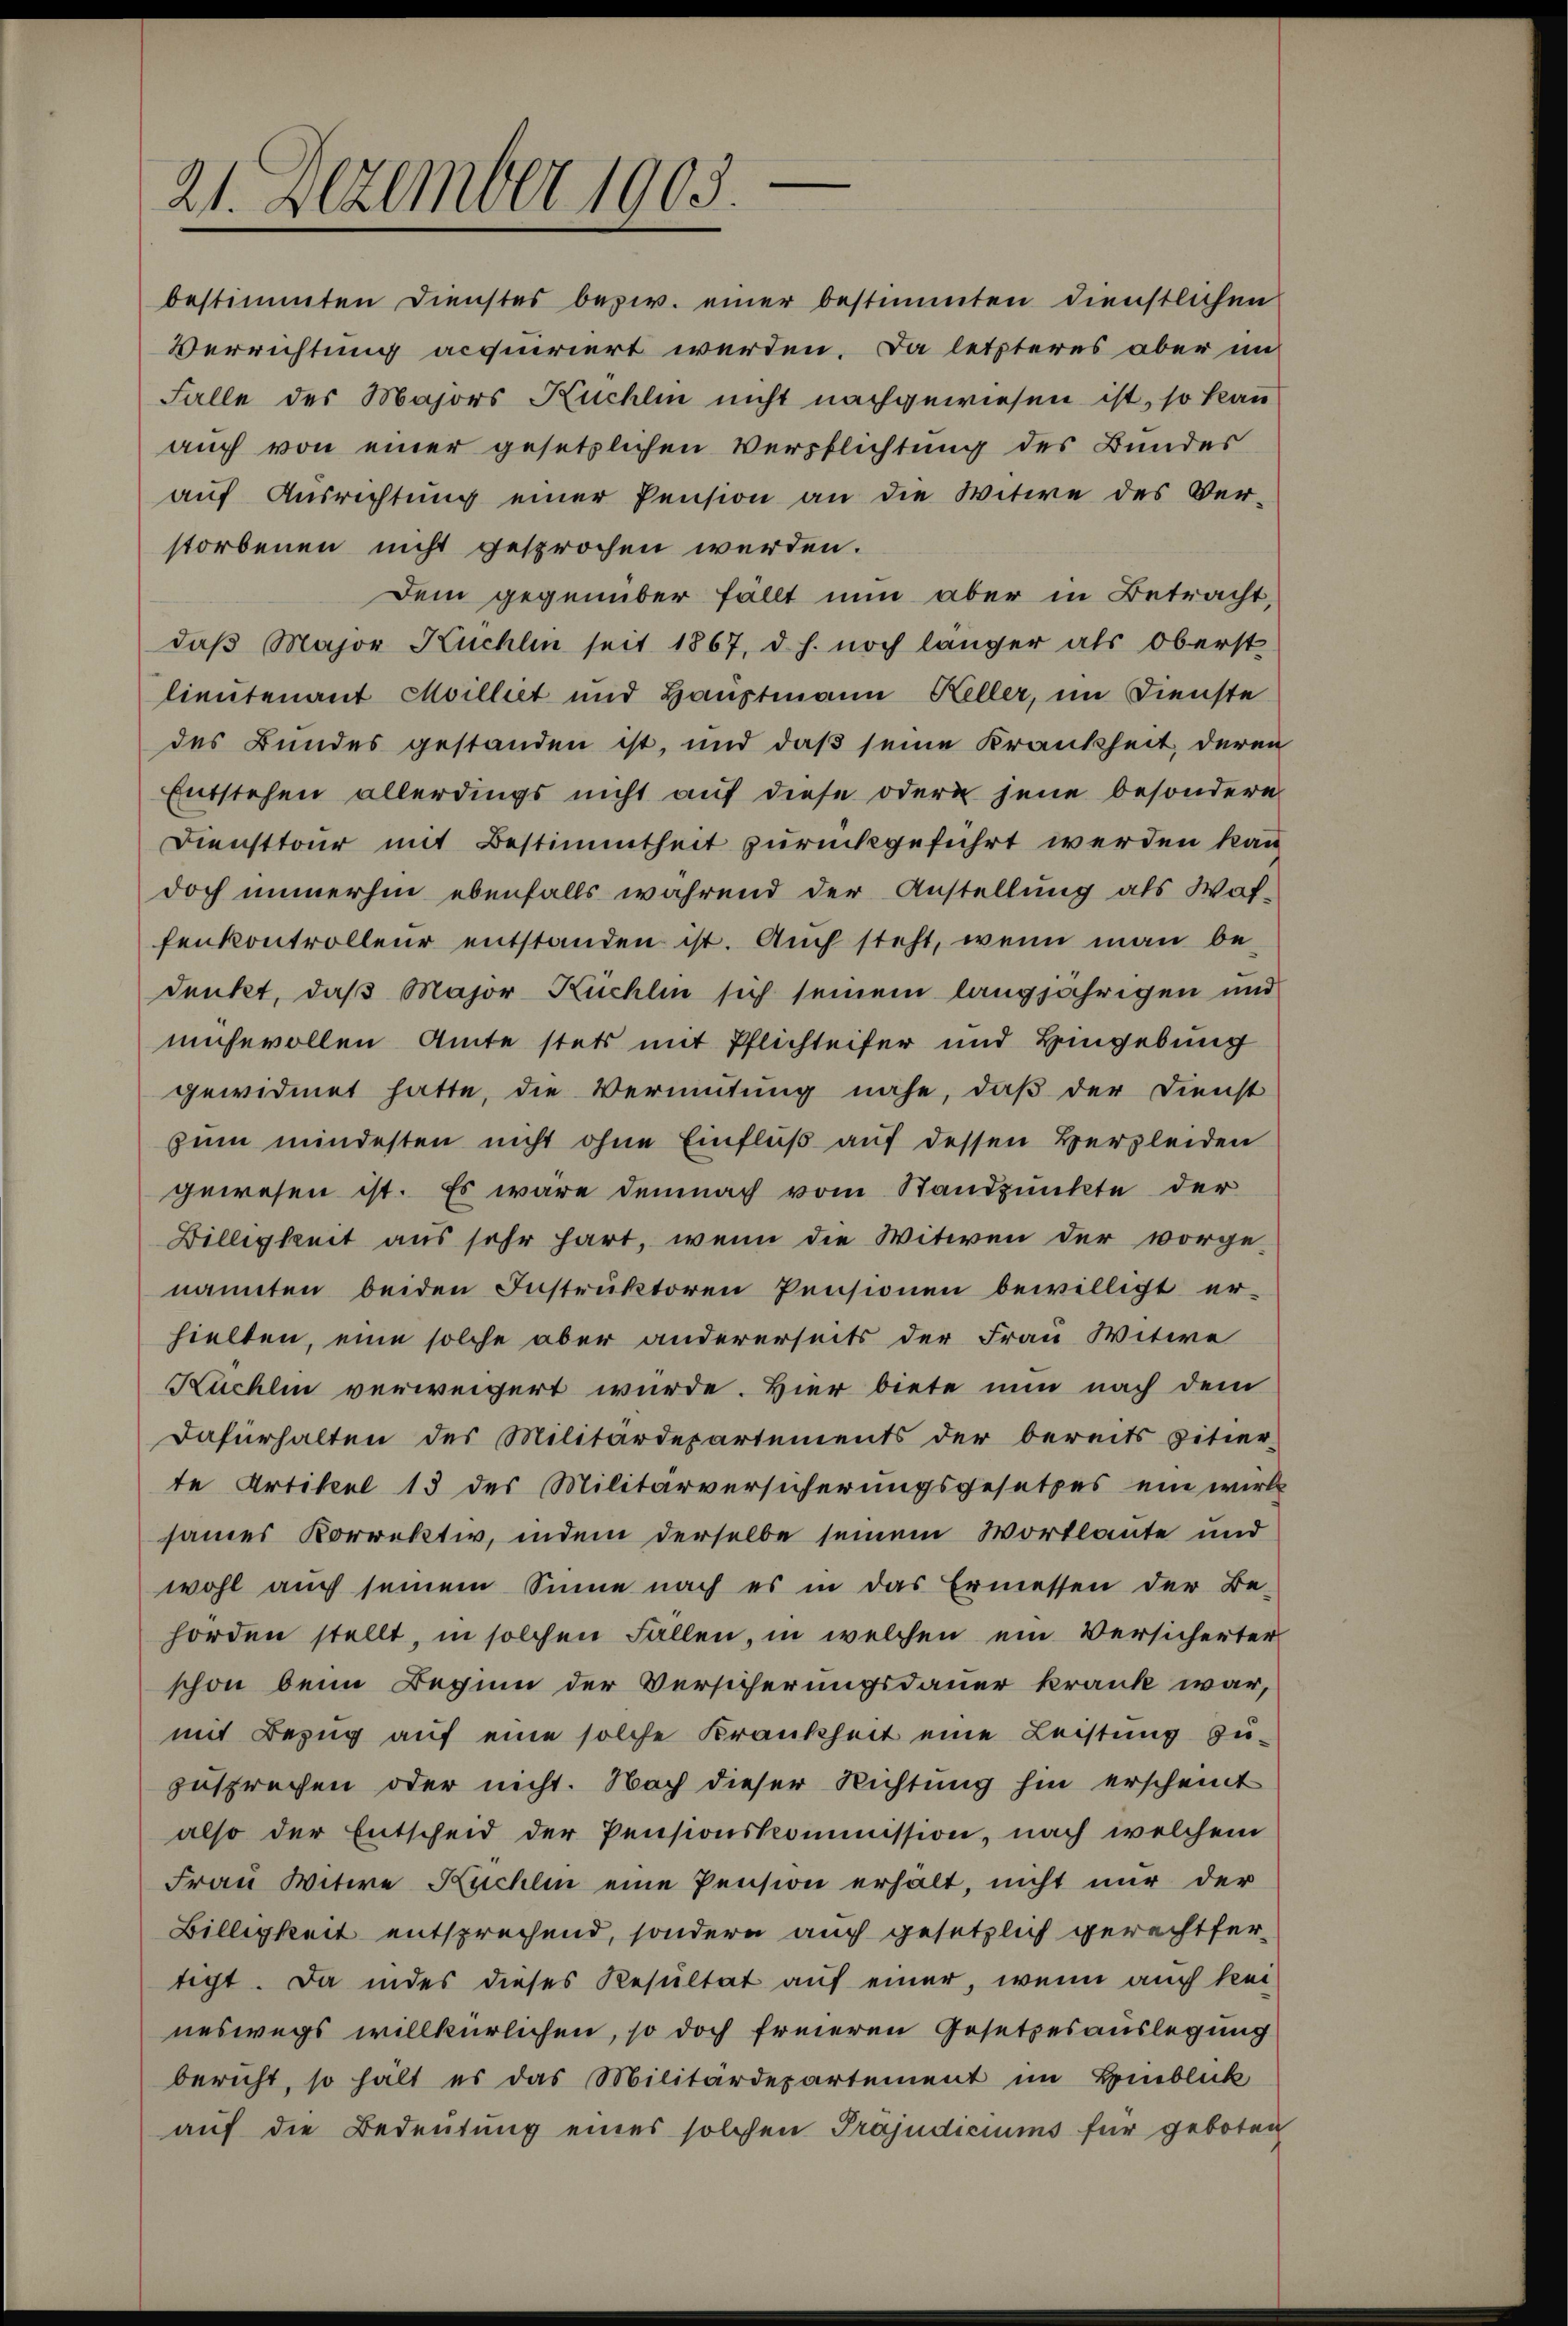
21. Dezember 1903.

bestimmten Dienstes bezw. einer bestimmten dienstlichen
Verrichtung acquiriert werden. Da letzteres aber im
Falle des Majors Kuchlin nicht nachgewiesen ist, so kann
auch von einer gesetzlichen Verpflichtung des Bundes
auf Ausrichtung einer Pension an die Witwe des Verstorbenen nicht gesprochen werden.
Dem gegenüber fällt nun aber in Betracht,
daβ Major Küchlin seit 1867, d. h. noch länger als Oberst
lieutenant Moilliet und Hauptmann Keller, im Dienste
des Bundes gestanden ist, und daß seine Krankheit, deren
Entstehen allerdings nicht auf diese odern jene besondere
Diensttour mit Bestimmtheit zurückgeführt werden kann
doch immerhin ebenfalls während der Anstellung als Waf-
fenkontrolleur entstanden ist. Auch steht, wenn man be-
denkt, daß Major Kuchlin sich seinem langjährigen und
mhevollen Amte stets mit Pflichteifer und Hingebung
gewidmet hatte, die Vermutung nahe, daß der Dienst
zum mindesten nicht ohne Einfluß auf dessen Herzleiden
gewesen ist. Es wäre demnach vom Standpunkte der
Billigkeit aus sehr hart, wenn die Witwen der vorge-
nannten beiden Instruktoren Pensionen bewilligt er-
hielten, eine solche aber andererseits der Frau Witwe
Kuchlin verweigert wurde. Hier biete nun nach dem
Dafürhalten des Militärdepartements der bereits zitier-
te Artikel 13 des Militärversicherungsgesetzes ein wirk
sames Korrektiv, indem derselbe seinem Wortlaute und
wohl auch seinem Sinne nach es in das Ermessen der Be-
horden stellt, in solchen Fällen, in welchen ein Versicherter
schon beim Beginn der Versicherungsdauer krank war,
mit Bezug auf eine solche Krankheit eine Leistung zu-
zusprechen oder nicht. Nach dieser Richtung hin erscheint
also der Entscheid der Pensionskommission, nach welchem
Frau Witwe Kuchlin eine Pension erhält, nicht nur der
Billigkeit entsprechend, sondern auch gesetzlich gerechtfertigt. Da indes dieses Resultat auf einer, wenn auch keineswegs willkürlichen, so doch freieren Gesetzesauslegung
bericht, so hält es das Militärdepartement im Hinblick
auf die Bedeutung eines solchen Präjudiciums für geboten